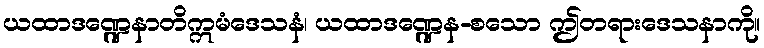
ယထာဒဏ္ဍေနာတိဣမံဒေသနံ၊ ယထာဒဏ္ဍေန-စသော ဤတရားဒေသနာကို။